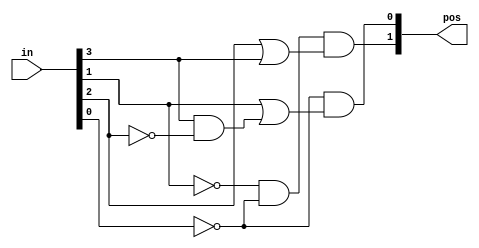
/* A priority encoder is a combinational circuit that, when given an input bit vector, 
outputs the position of the first 1 bit in the vector. For example, a 8-bit priority 
encoder given the input 8'b10010000 would output 3'd4, because bit[4] is first bit that is high.

Build a 4-bit priority encoder. For this problem, if none of the input bits are high 
(i.e., input is zero), output zero. Note that a 4-bit number has 16 possible combinations. */

module top_module (
    input [3:0] in,
    output [1:0] pos  );
    
    
    
    assign pos[0] = (~in[0]) & (in[1] || ( in[3]&(~in[2]) ) );
    assign pos[1] = (~in[1]) & (~in[0]) & (in[2] || in[3]);
    
    /* here I implimented the priority encoder using a Karnaugh map
       instead just to review my boolean skills 
       alternatively, it can be done like this:

       always @(*) begin
        pos = (in[0]&1)?2'd0:(in[1]&1)?2'd1:(in[2]&1)?2'd2:(in[3]&1)?2'd3:2'd0;
    end

    Simply put, we are doing this:
    (NOTE: pos must be declared as a reg for this to work)
    
  always@(*) begin  // This is a combinational circuit
         	 case(in)
                        4'd0 : pos = 0;
                        4'd1 : pos = 0;
                        4'd2 : pos = 1;
                        4'd3 : pos = 0;
                        4'd4 : pos = 2;
                        4'd5 : pos = 0;
                        4'd6 : pos = 1;
                        4'd7 : pos = 0;
                        4'd8 : pos = 3;
                        4'd9 : pos = 0;
                        4'd10 : pos = 1;
                        4'd11 : pos = 0;
                	    4'd12 : pos = 2;
                        4'd13 : pos = 0;
                        4'd14 : pos = 1;
                        4'd15 : pos = 0;
                        default pos = 0;
                    endcase
        end

endmodule
    */


endmodule